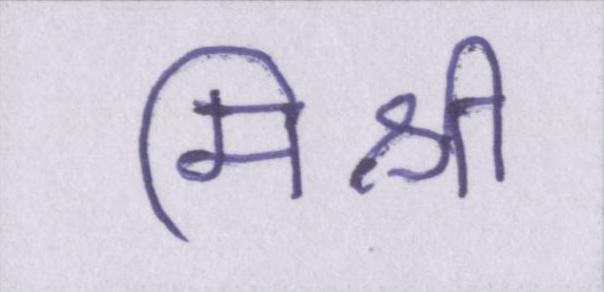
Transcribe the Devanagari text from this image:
मिश्री